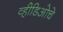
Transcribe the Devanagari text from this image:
व्हीडिओचे